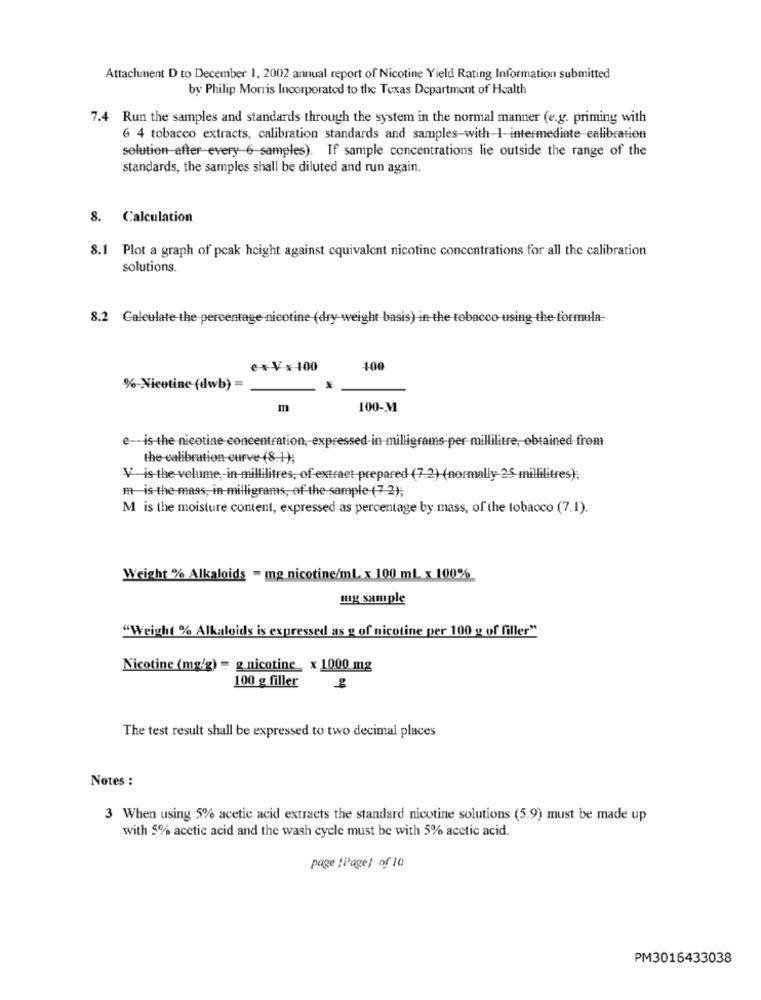
Attachment D to December 1, 2002 annual report of Nicotine Yield Rating Information submitted
by Philip Morris Incorporated to the Texas Department of Health
7.4 Run the samples and standards through the system in the normal manner (e.g. priming with
6 4 tobacco extracts, calibration standards and samples-with-1-intermediate-calibration
solution after every 6-samples). If sample concentrations lie outside the range of the
standards, the samples shall be diluted and run again.
8. Calculation
8.1 Plot a graph of peak height against equivalent nicotine concentrations for all the calibration
solutions.
8.2 Galeulate the percentage-nicotine (dry weight basis) in the tobacco using the formula-
ex Vx100
100
%-Nicotine (dwb) =
m
100-M
e -- is-the-nicotine concentration, expressed-in-milligrams-per-millilitre, obtained from
the calibration curve (8.1);
V-is-the-volume, in millilitres, of extraet prepared (7.2) (normally 25-millilitres);
m-is-the-mass, in-milligrams, of the sample (7.2);
M is the moisture content, expressed as percentage by mass, of the tobacco (7.1).
Weight % Alkaloids = mg nicotine/ml x 100 ml x 100%
mug sample
"Weight % Alkaloids is expressed as g of nicotine per 100 g of filler"
Nicotine (mg/g) = g nicotine_ x 1000 mg
100 g filler
The test result shall be expressed to two decimal places.
Notes :
3 When using 5% acetic acid extracts the standard nicotine solutions (5.9) must be made up
with 5% acetic acid and the wash cycle must be with 5% acetic acid.
page :Pagel of 10
PM3016433038